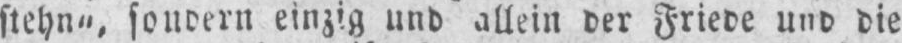
stehn“, sondern einzig und allein der Friede und die